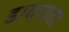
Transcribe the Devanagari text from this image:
डाकपता